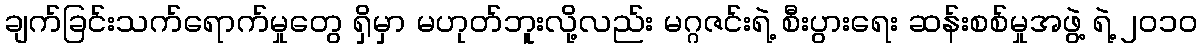
ချက်ခြင်းသက်ရောက်မှုတွေ ရှိမှာ မဟုတ်ဘူးလို့လည်း မဂ္ဂဇင်းရဲ့ စီးပွားရေး ဆန်းစစ်မှုအဖွဲ့ ရဲ့ ၂၀၁၀